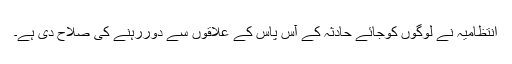
انتظامیہ نے لوگوں کوجائے حادثہ کے آس پاس کے علاقوں سے دوررہنے کی صلاح دی ہے۔